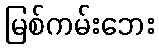
မြစ်ကမ်းဘေး